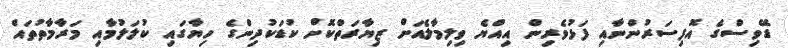
ޑޭވިސްގެ އޮފިސަރުންނާއި ފަޅުވެރިން އިއްޔެ ވިލިމާލެއަށް ޒިޔާރަތްކޮށް ކުޑަކުދިންގެ ހިޔާގައި ކުލަލުމާއި މަރާމާތުތައް